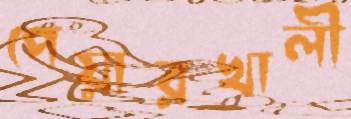
পেয়ারখালী